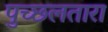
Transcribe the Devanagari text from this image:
पुच्छलतारा